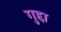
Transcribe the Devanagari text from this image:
गुद्दा